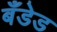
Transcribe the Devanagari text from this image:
बँडेड